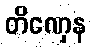
တိဏှေန